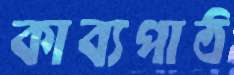
কাব্যপাঠ